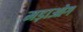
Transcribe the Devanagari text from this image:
मड़ाओग